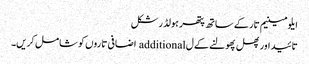
ایلومینیم تار کے ساتھ پتھر ہولڈر شکل
تائید اور پھل پھولنے کے ل additional اضافی تاروں کو شامل کریں۔